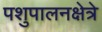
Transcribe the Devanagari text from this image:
पशुपालनक्षेत्रे